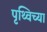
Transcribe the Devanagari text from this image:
पृथ्विच्या